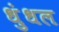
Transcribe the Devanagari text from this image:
धुंधल